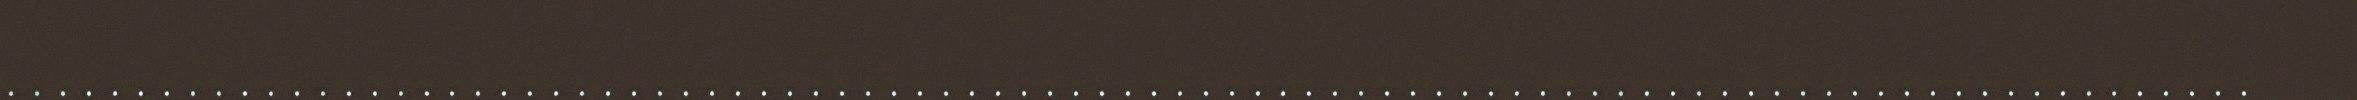
.......................................................................................